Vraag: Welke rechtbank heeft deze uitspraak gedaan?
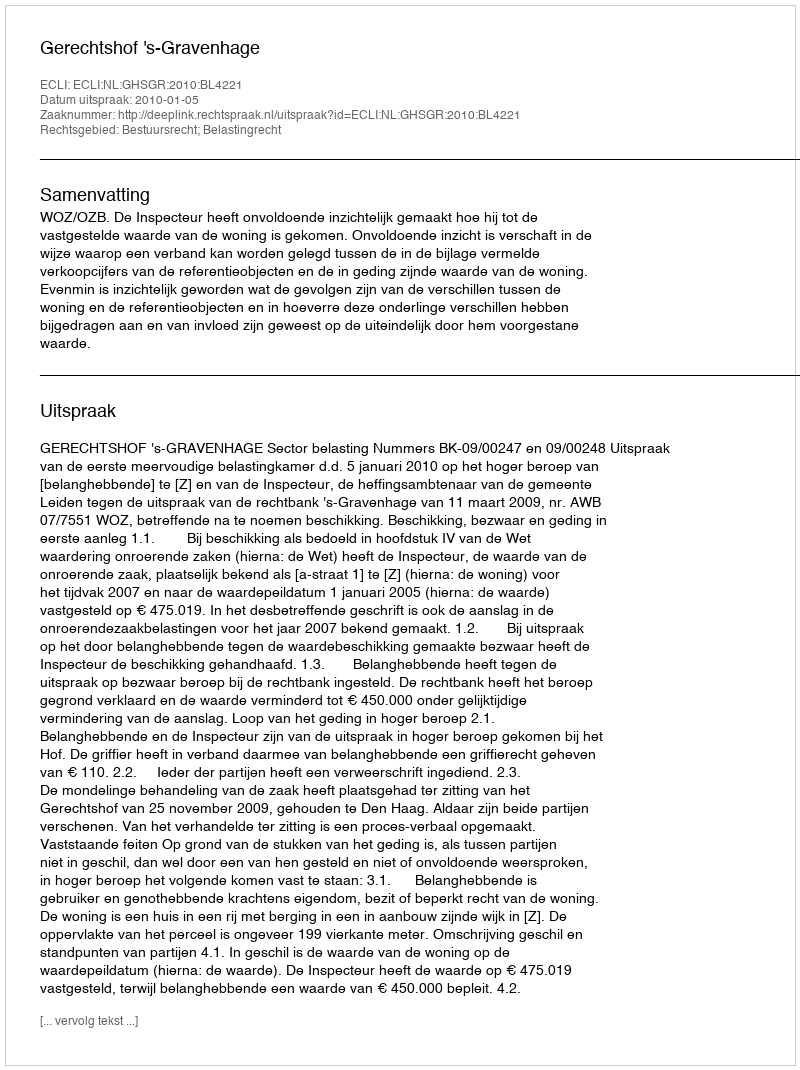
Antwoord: Gerechtshof 's-Gravenhage